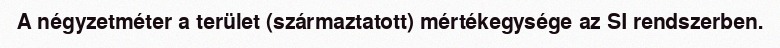
A négyzetméter a terület (származtatott) mértékegysége az SI rendszerben.